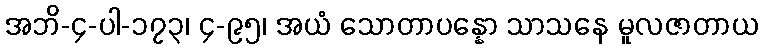
အဘိ-၄-ပါ-၁၇၃၊ ၄-၉၅၊ အယံ သောတာပန္နော သာသနေ မူလဇာတာယ